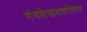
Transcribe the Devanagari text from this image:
गंथलेखनाबरोबरच